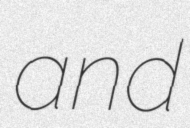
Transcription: and